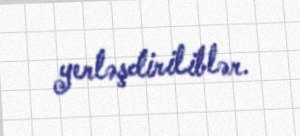
yerləşdiriliblər.